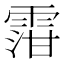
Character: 𲉿